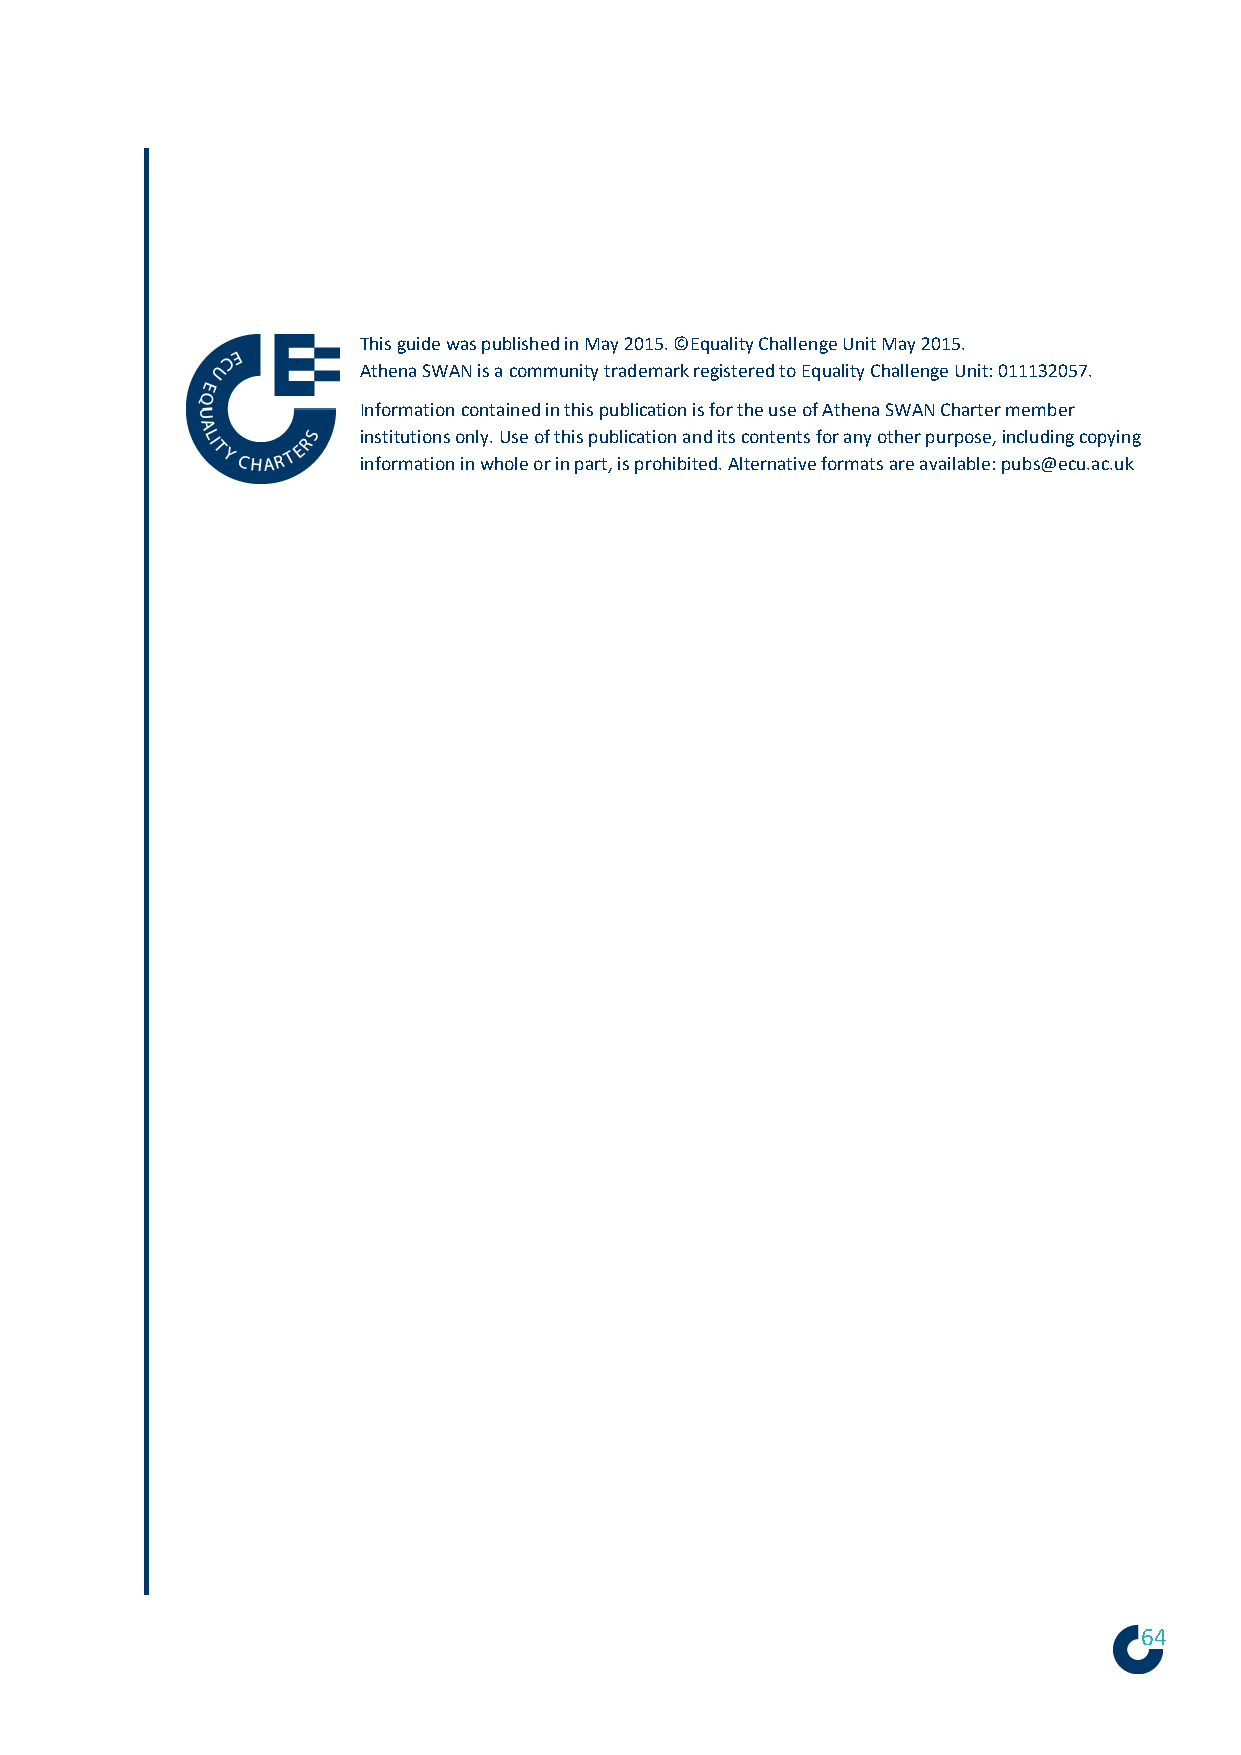
This guide was published in May 2015. ©Equality Challenge Unit May 2015.
 Athena SWAN is a community trademark registered to Equality Challenge Unit: 011132057.
 Information contained in this publication is for the use of Athena SWAN Charter member
 institutions only. Use of this publication and its contents for any other purpose, including copying
 information in whole or in part, is prohibited. Alternative formats are available: pubs@ecu.ac.uk
 64